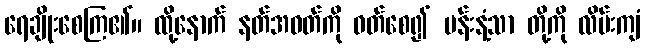
ရေချိုးစေကြ၏။ ထို့နောက် နတ်အဝတ်ကို ဝတ်စေ၍ ပန်းနံ့သာ တို့ကို လိမ်းကျံ